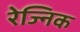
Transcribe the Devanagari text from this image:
रेज्निक